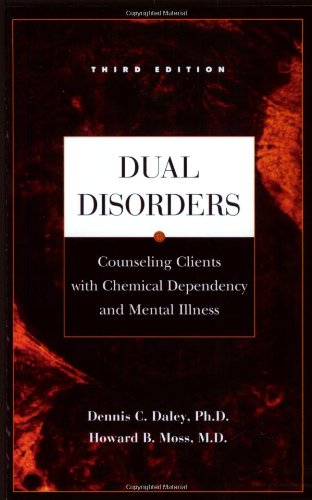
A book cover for Dual Disorders: Counseling Clients with Chemical Dependency and Mental Illness; Dennis C Daley Ph.D.; Health, Fitness & Dieting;